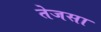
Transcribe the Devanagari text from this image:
तेजसा